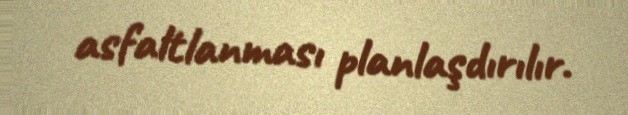
asfaltlanması planlaşdırılır.